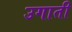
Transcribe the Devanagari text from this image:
उगाती